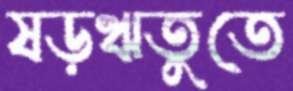
ষড়ঋতুতে